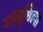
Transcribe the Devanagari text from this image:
अनुष्ठिला